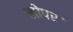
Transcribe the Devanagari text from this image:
खोपर